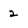
Character: 2